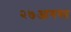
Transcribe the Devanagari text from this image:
२७आगस्त